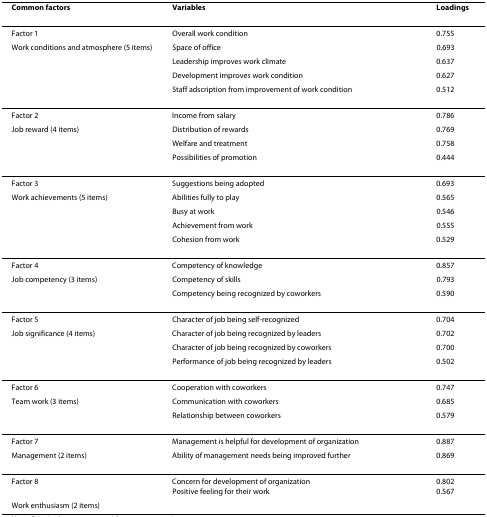
<table><thead><tr><td><b>Common factors</b></td><td><b>Variables</b></td><td><b>Loadings</b></td></tr></thead><tbody><tr><td>Factor 1</td><td>Overall work condition</td><td>0.755</td></tr><tr><td>Work conditions and atmosphere (5 items)</td><td>Space of office</td><td>0.693</td></tr><tr><td></td><td>Leadership improves work climate</td><td>0.637</td></tr><tr><td></td><td>Development improves work condition</td><td>0.627</td></tr><tr><td></td><td>Staff adscription from improvement of work condition</td><td>0.512</td></tr><tr><td>Factor 2</td><td>Income from salary</td><td>0.786</td></tr><tr><td>Job reward (4 items)</td><td>Distribution of rewards</td><td>0.769</td></tr><tr><td></td><td>Welfare and treatment</td><td>0.758</td></tr><tr><td></td><td>Possibilities of promotion</td><td>0.444</td></tr><tr><td>Factor 3</td><td>Suggestions being adopted</td><td>0.693</td></tr><tr><td>Work achievements (5 items)</td><td>Abilities fully to play</td><td>0.565</td></tr><tr><td></td><td>Busy at work</td><td>0.546</td></tr><tr><td></td><td>Achievement from work</td><td>0.555</td></tr><tr><td></td><td>Cohesion from work</td><td>0.529</td></tr><tr><td>Factor 4</td><td>Competency of knowledge</td><td>0.857</td></tr><tr><td>Job competency (3 items)</td><td>Competency of skills</td><td>0.793</td></tr><tr><td></td><td>Competency being recognized by coworkers</td><td>0.590</td></tr><tr><td>Factor 5</td><td>Character of job being self-recognized</td><td>0.704</td></tr><tr><td>Job significance (4 items)</td><td>Character of job being recognized by leaders</td><td>0.702</td></tr><tr><td></td><td>Character of job being recognized by coworkers</td><td>0.700</td></tr><tr><td></td><td>Performance of job being recognized by leaders</td><td>0.502</td></tr><tr><td>Factor 6</td><td>Cooperation with coworkers</td><td>0.747</td></tr><tr><td>Team work (3 items)</td><td>Communication with coworkers</td><td>0.685</td></tr><tr><td></td><td>Relationship between coworkers</td><td>0.579</td></tr><tr><td>Factor 7</td><td>Management is helpful for development of organization</td><td>0.887</td></tr><tr><td>Management (2 items)</td><td>Ability of management needs being improved further</td><td>0.869</td></tr><tr><td>Factor 8</td><td>Concern for development of organizationPositive feeling for their work</td><td>0.8020.567</td></tr><tr><td>Work enthusiasm (2 items)</td><td></td><td></td></tr></tbody></table>